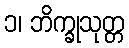
၁၊ ဘိက္ခုသုတ္တ